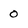
Character: 0